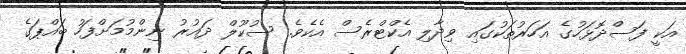
އަކީ ފަސްދޮޅަހުގެ އަހަރުތަކުގައި ވިދާލި އެކްޓްރެސް އެކެވެ. ސުކޫލް ދައުރު ނިންމުމަށްފަހު ބައްޕަގެ